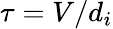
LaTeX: \tau=V/d_{i}